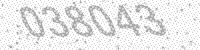
Solution: 038043